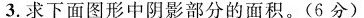
3.求下面图形中阴影部分的面积。(6分)